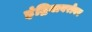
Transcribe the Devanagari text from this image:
इंद्रियाबरोबर